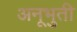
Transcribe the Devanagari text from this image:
अनूभुती